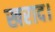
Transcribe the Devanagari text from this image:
खराद।